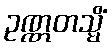
ဥဏ္ဏတသ္မိံ